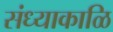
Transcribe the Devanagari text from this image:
संध्याकाळि